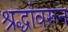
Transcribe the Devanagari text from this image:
श्रद्धांवरून